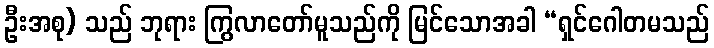
ဦးအစု) သည် ဘုရား ကြွလာတော်မူသည်ကို မြင်သောအခါ “ရှင်ဂေါတမသည်